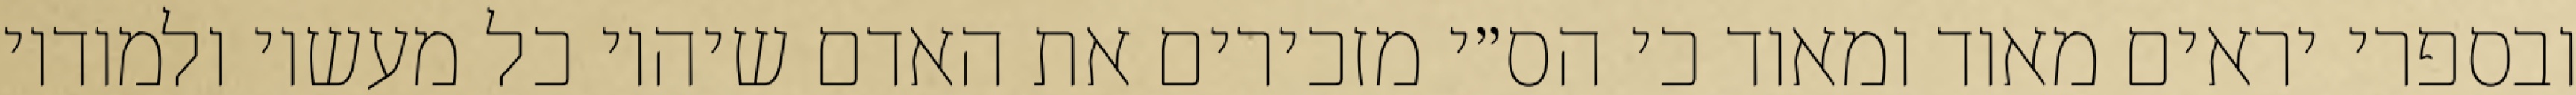
ובספרי יראים מאוד ומאוד כי הס״י מזכירים את האדם שיהיו כל מעשיו ולמודיו